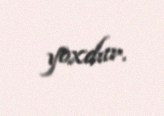
yoxdur.